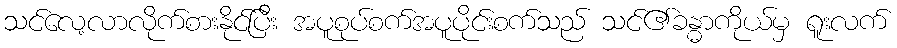
သင်လေ့လာလိုက်စားနိုင်ပြီး အပူစုပ်စက်အပူပိုင်းစက်သည် သင်၏ခန္ဓာကိုယ်မှ ရူးလက်